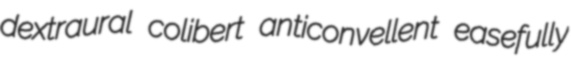
dextraural colibert anticonvellent easefully